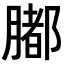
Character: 𦡄